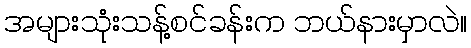
အများသုံးသန့်စင်ခန်းက ဘယ်နားမှာလဲ။